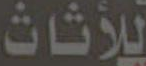
للأثاث